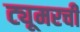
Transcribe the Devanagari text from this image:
ट्यूमरची